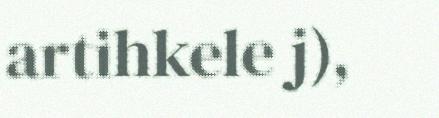
artihkele j),